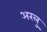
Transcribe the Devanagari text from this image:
अरलु